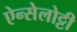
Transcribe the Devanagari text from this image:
ऐन्सेलोट्टी